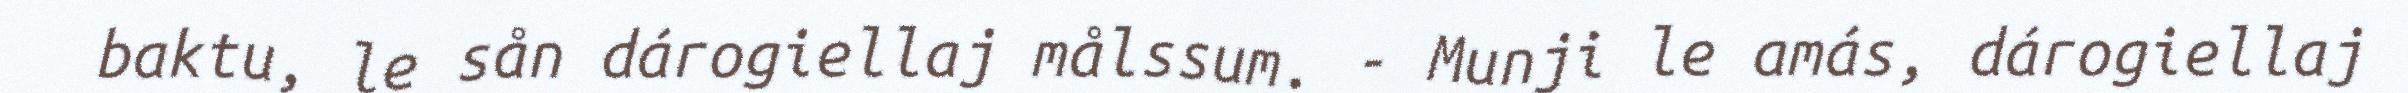
baktu, le sån dárogiellaj målssum. - Munji le amás, dárogiellaj